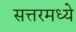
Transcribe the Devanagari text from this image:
सत्तरमध्ये